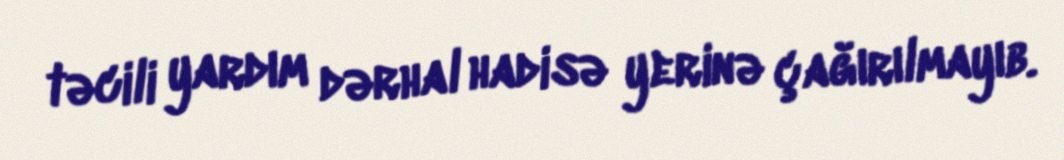
təcili yardım dərhal hadisə yerinə çağırılmayıb.